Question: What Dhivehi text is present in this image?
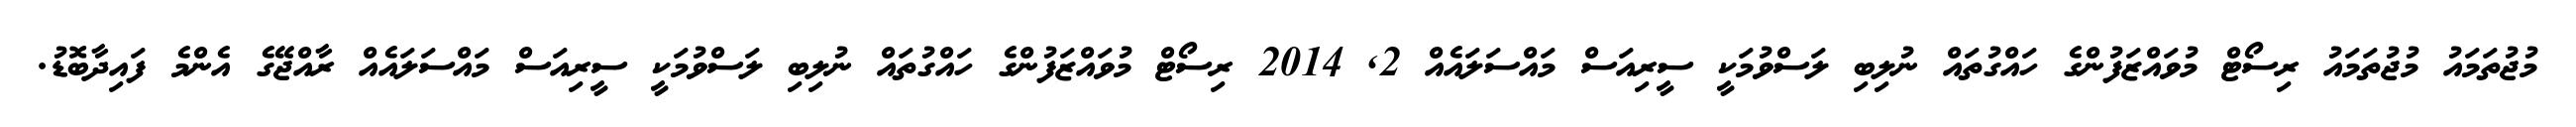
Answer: މުޖުތަމައު މުޖުތަމައު ރިސޯޓް މުވައްޒަފުންގެ ހައްގުތައް ނުލިބި ލަސްވުމަކީ ސީރިއަސް މައްސަލައެއް 2, 2014 ރިސޯޓް މުވައްޒަފުންގެ ހައްގުތައް ނުލިބި ލަސްވުމަކީ ސީރިއަސް މައްސަލައެއް ރާއްޖޭގެ އެންމެ ފައިދާބޮޑު.